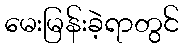
မေးမြန်းခဲ့ရာတွင်